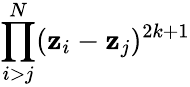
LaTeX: \prod_{i>j}^{N}(\mathbf{z}_{i}-\mathbf{z}_{j})^{2k+1}